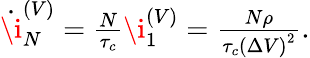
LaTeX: \begin{array}{r}{\dot{\i}_{N}^{(V)}=\frac{N}{\tau_{c}}\i_{1}^{(V)}=\frac{N\rho}{\tau_{c}\left(\Delta V\right)^{2}}.}\end{array}